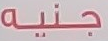
جنيه